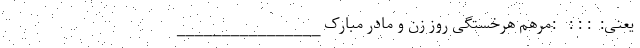
یعنی:  : : :   :مرهم هرخستگی روز زن و مادر مبارک ________________